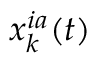
x _ { k } ^ { i a } ( t )